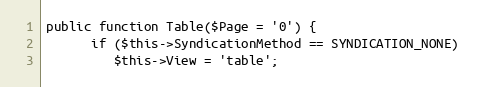
Language: PHP
public function Table($Page = '0') {
      if ($this->SyndicationMethod == SYNDICATION_NONE)
         $this->View = 'table';